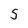
Character: 5